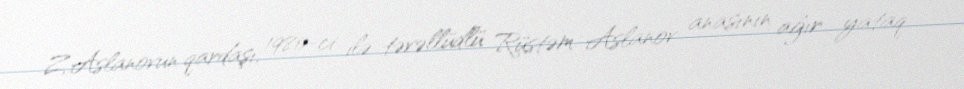
Z.Aslanovun qardaşı, 1980-ci ilə təvəllüdlü Rüstəm Aslanov anasının ağır yataq